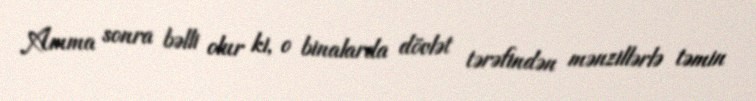
Amma sonra bəlli olur ki, o binalarda dövlət tərəfindən mənzillərlə təmin